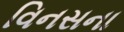
વિનસના